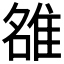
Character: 𨿅